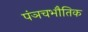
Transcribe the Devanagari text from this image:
पंञचभौतिक